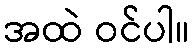
အထဲ ဝင်ပါ။